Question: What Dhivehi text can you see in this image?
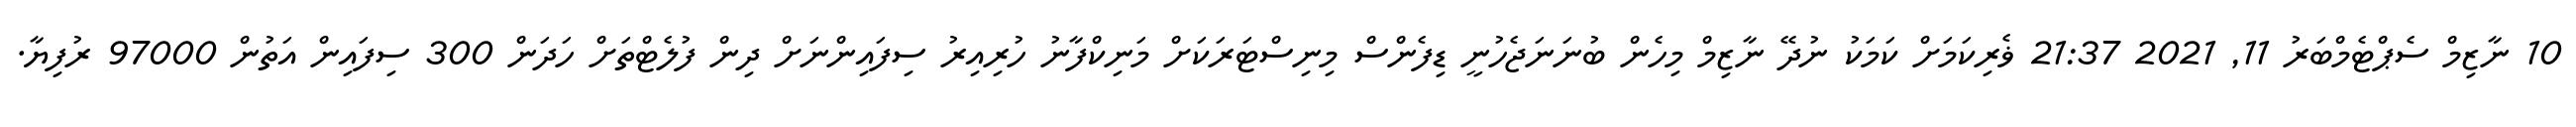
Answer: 10 ނާޒިމް ސެޕްޓެމްބަރު 11, 2021 21:37 ޥެރިކަމަށް ކަމަކު ނުދޭ ނާޒިމް މިހެން ބުނަނަޖެހުނީ ޑިފެންސް މިނިސްޓަރަކަށް މަނިކްފާނު ހުރިއިރު ސިފައިންނަށް ދިން ފުލެޓްތަށް ހަދަން 300 ސިފައިން އަތުން 97000 ރުފިޔާ.